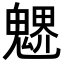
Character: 𩳻